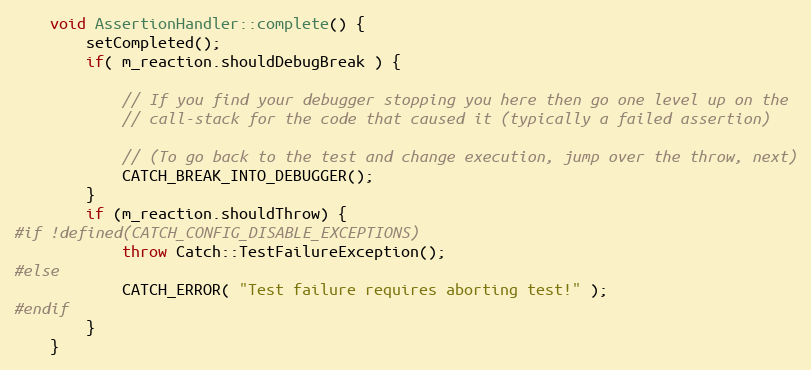
Language: C++
    void AssertionHandler::complete() {
        setCompleted();
        if( m_reaction.shouldDebugBreak ) {

            // If you find your debugger stopping you here then go one level up on the
            // call-stack for the code that caused it (typically a failed assertion)

            // (To go back to the test and change execution, jump over the throw, next)
            CATCH_BREAK_INTO_DEBUGGER();
        }
        if (m_reaction.shouldThrow) {
#if !defined(CATCH_CONFIG_DISABLE_EXCEPTIONS)
            throw Catch::TestFailureException();
#else
            CATCH_ERROR( "Test failure requires aborting test!" );
#endif
        }
    }